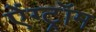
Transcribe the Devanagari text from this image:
ऐंग्ट्रॉम